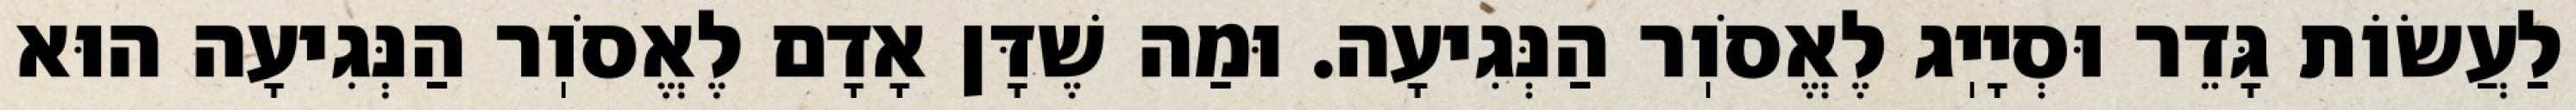
לַעֲשׂוֹת גָּדֵר וּסְיָיֽג לֶאֱסֹוֽר הַנְּגִיעָה. וּמַה שֶׁדָּן אָדָם לֶאֱסֹוֽר הַנְּגִיעָה הוּא